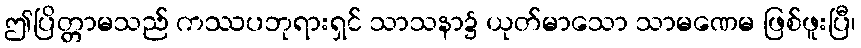
ဤပြိတ္တာမသည် ကဿပဘုရားရှင် သာသနာ၌ ယုတ်မာသော သာမဏေမ ဖြစ်ဖူးပြီ၊